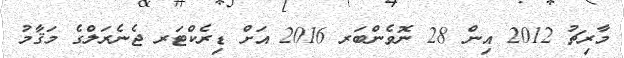
މާރިޗު 2012 އިން 28 ނޮވެންބަރ 2016 އަށް ޑިރެކްޓަރ ޖެނެރަލްގެ މަޤާމު